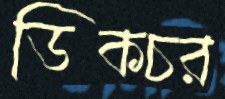
ডিকচর